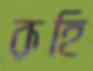
রূহি